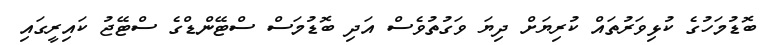
ބޮޑުމަހުގެ ކުޅިވަރުތައް ކުރިޔަށް ދިޔަ ވަގުތުވެސް އަދި ބޮޑުމަސް ސްޓޭންޑްގެ ސްޓޭޖު ކައިރީގައި